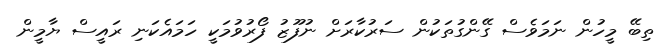
ތިބޭ މީހުން ނަމަވެސް ގޭންގުތަކުން ސަރުކާރަށް ނުފޫޒު ފޯރުވުމަކީ ހަމައެކަނި ރައީސް ޔާމީން